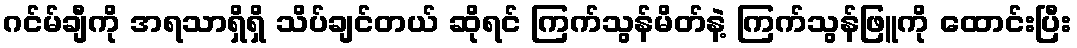
ဂင်မ်ချီကို အရသာရှိရှိ သိပ်ချင်တယ် ဆိုရင် ကြက်သွန်မိတ်နဲ့ ကြက်သွန်ဖြူကို ထောင်းပြီး